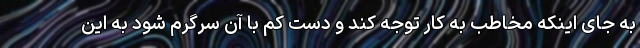
به جای اینکه مخاطب به کار توجه کند و دست کم با آن سرگرم شود به این